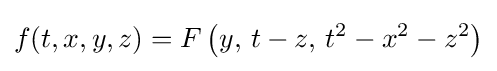
f(t,x,y,z)=F\left(y,\,t-z,\,t^{2}-x^{2}-z^{2}\right)